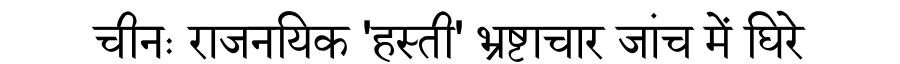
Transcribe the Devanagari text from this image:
चीनः राजनयिक 'हस्ती' भ्रष्टाचार जांच में घिरे